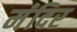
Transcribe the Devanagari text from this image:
मंंदिर